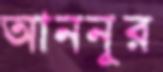
আননূর